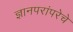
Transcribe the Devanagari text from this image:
ज्ञानपरांपरेचे